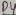
Text: D3